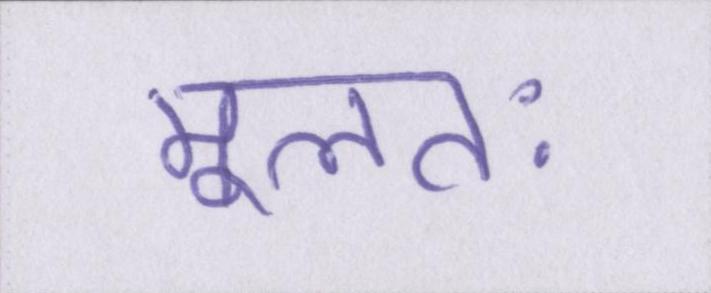
मूलतः